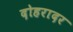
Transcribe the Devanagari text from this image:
दोहरादर